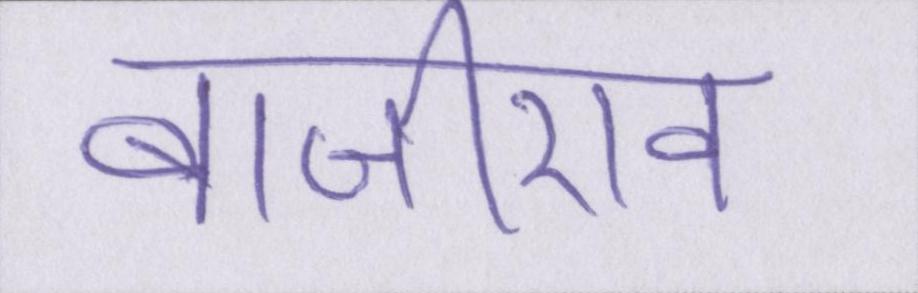
बाजीराव